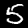
Digit: 5